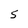
Character: S